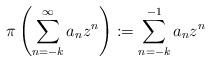
LaTeX: \begin{align*} \pi\left(\sum_{n=-k}^\infty a_n z^n \right):= \sum_{n=-k}^{-1}a_n z^n\end{align*}